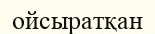
ойсыратқан